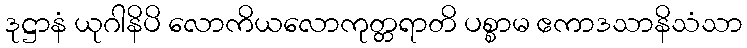
ဒုဋ္ဌာနံ ယုဂါနိပိ လောကိယလောကုတ္တရာတိ ပစ္စာမ ဧကာဒသာနိသံသာ